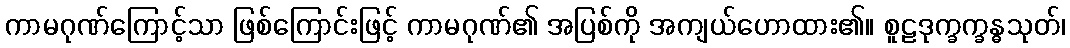
ကာမဂုဏ်ကြောင့်သာ ဖြစ်ကြောင်းဖြင့် ကာမဂုဏ်၏ အပြစ်ကို အကျယ်ဟောထား၏။ စူဠဒုက္ခက္ခန္ဓသုတ်၊